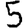
Digit: 5